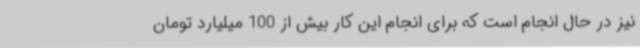
نیز در حال انجام است که برای انجام این کار بیش از 100 میلیارد تومان